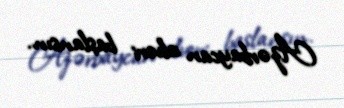
Azərbaycan alveri başlansın.